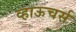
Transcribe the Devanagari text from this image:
व्हाऊचर्स